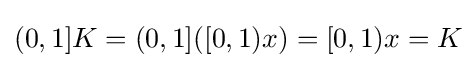
{\textstyle (0,1]K=(0,1]([0,1)x)=[0,1)x=K}